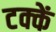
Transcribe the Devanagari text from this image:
टक्कें